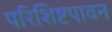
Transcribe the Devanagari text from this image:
परिशिष्टपावन